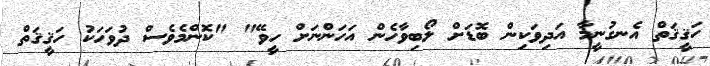
ހަޤީޤަތް އެނގުނީމާ އަދިވަކިން ބޮޑަށް ލޯބިވާހެން އަހަންނަށް ހީވޭ" "ކޮންމެވެސް ދުވަހަކު ހަޤީޤަތް